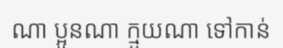
ណា ប្អូនណា ក្មួយណា ទៅកាន់